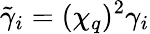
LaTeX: \tilde{\gamma}_{i}=(\chi_{q})^{2}\gamma_{i}